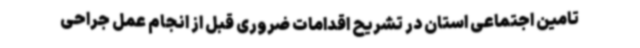
تامین اجتماعی استان در تشریح اقدامات ضروری قبل از انجام عمل جراحی